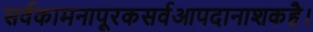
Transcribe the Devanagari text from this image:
सर्वकामनापूरकसर्वआपदानाशकहै।